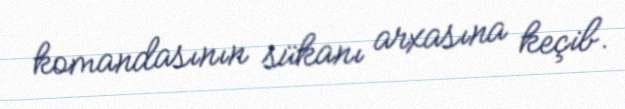
komandasının sükanı arxasına keçib.